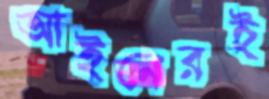
আইনেরই